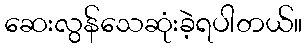
ဆေးလွန်သေဆုံးခဲ့ရပါတယ်။